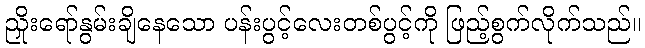
ညှိုးရော်နွမ်းချိနေသော ပန်းပွင့်လေးတစ်ပွင့်ကို ဖြည့်စွက်လိုက်သည်။